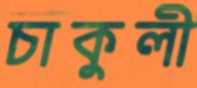
চাকুলী